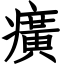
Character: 癀